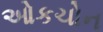
ઓકચોન